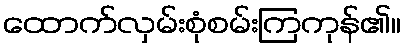
ထောက်လှမ်းစုံစမ်းကြကုန်၏။